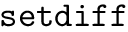
{ \tt s e t d i f f }